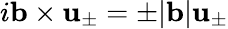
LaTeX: i\mathbf{b}\times\mathbf{u}_{\pm}=\pm|\mathbf{b}|\mathbf{u}_{\pm}